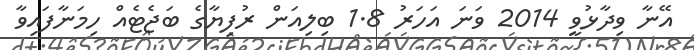
އޭނާ ވިދާޅުވީ 2014 ވަނަ އަހަރު 1.8 ބިލިއަން ރުފިޔާގެ ބަޖެޓެއް ހިމަނާފައިވާ